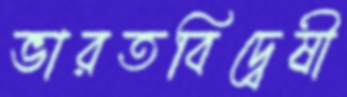
ভারতবিদ্বেষী